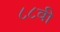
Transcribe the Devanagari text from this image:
८८वी